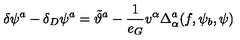
\delta \psi ^ { a } - \delta _ { D } \psi ^ { a } = \tilde { \vartheta } ^ { a } - \frac { 1 } { e _ { G } } v ^ { \alpha } \Delta _ { \alpha } ^ { a } ( f , \psi _ { b } , \psi )